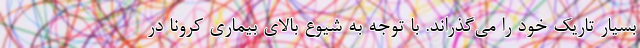
بسیار تاریک خود را می‌گذراند. با توجه به شیوع بالای بیماری کرونا در